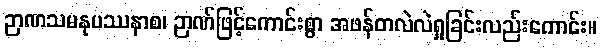
ဉာဏသမနုပဿနာစ၊ ဉာဏ်ဖြင့်ကောင်းစွာ အဖန်တလဲလဲရှုခြင်းလည်းကောင်း။